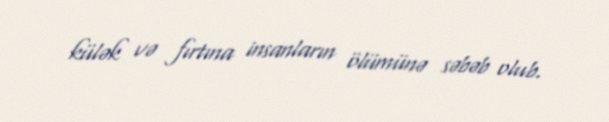
külək və fırtına insanların ölümünə səbəb olub.